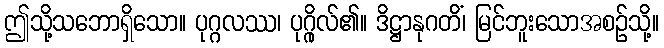
ဤသို့သဘောရှိသော။ ပုဂ္ဂလဿ၊ ပုဂ္ဂိုလ်၏။ ဒိဋ္ဌာနုဂတိံ၊ မြင်ဘူးသောအစဉ်သို့။